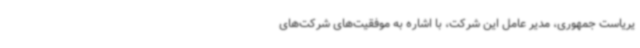
یریاست جمهوری، مدیر عامل این شرکت، با اشاره به موفقیت‌های شرکت‌های